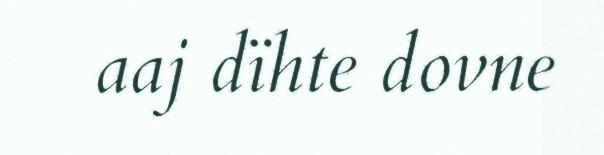
aaj dïhte dovne